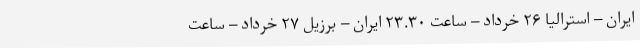
ایران – استرالیا ۲۶ خرداد – ساعت ۲۳.۳۰ ایران – برزیل ۲۷ خرداد – ساعت